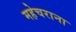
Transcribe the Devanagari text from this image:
महेचराना